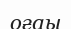
оғаы